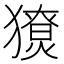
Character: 𤢙